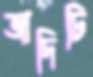
জাদিটি